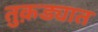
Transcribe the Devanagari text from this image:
तुक़ड्यात